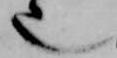
也